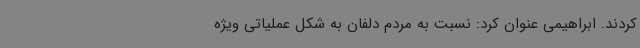
کردند. ابراهیمی عنوان کرد: نسبت به مردم دلفان به شکل عملیاتی ویژه